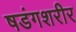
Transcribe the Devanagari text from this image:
षडंगशरीर